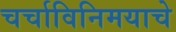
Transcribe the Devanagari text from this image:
चर्चाविनिमयाचे